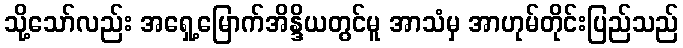
သို့သော်လည်း အရှေ့မြောက်အိန္ဒိယတွင်မူ အာသံမှ အာဟုမ်တိုင်းပြည်သည်